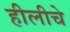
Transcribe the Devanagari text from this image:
हीलीचे